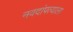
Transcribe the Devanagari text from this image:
नवदांपत्याला